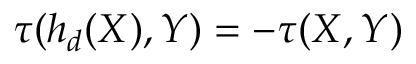
\tau ( h _ { d } ( X ) , Y ) = - \tau ( X , Y )